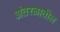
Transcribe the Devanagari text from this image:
अंतरळातील